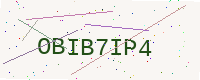
Text: OBIB7IP4